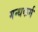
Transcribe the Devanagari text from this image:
गन्धकर्म